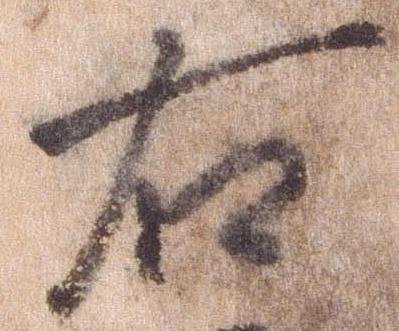
右